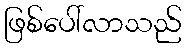
ဖြစ်ပေါ်လာသည်